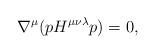
LaTeX: \begin{align*}\nabla ^{\mu}(pH^{\mu \nu \lambda}p)= 0,\end{align*}